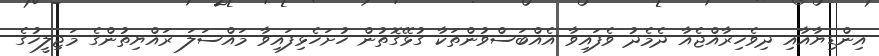
އިންޑިޔާއާއި ދިވެހިރާއްޖެއާ ދެމެދު ވެފައިވާ އެއްބަސްވުންތަކާ ގުޅޭގޮތުން ހުށަހެޅިފައިވާ މައްސަލަ ރައްޔިތުންގެ މަޖިލީހުގެ